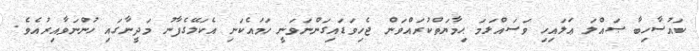
ކައުސާހިބާ ޞައްލަ ޢަލައިހި ވަސައްލަމަ ޙިމާޔަތްކުރައްވަން ޖެހިވަޑައިގަންނަވަނީ ހަމައެކަނި އެކަލޭގެފާނު މަދީނާގައި ހުންނަވާއިރުއެވެ.